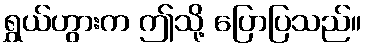
ရွှယ်ဟွားက ဤသို့ ပြောပြသည်။